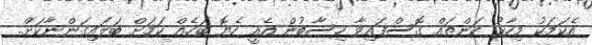
އެކަމަކު މިހާރު ކަންތައް ގޮސްފައިވާ ހިސާބުން އެއީ ހެޔޮ ބަހެއް ކަމަށް ބަލައިގަންނާކަށް..